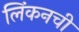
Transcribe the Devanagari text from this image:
लिंकनची